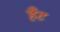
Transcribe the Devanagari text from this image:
हँट